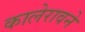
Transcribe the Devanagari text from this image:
कालेरावने